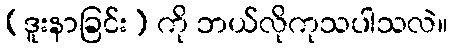
(ဒူးနာခြင်း) ကို ဘယ်လိုကုသပါသလဲ။